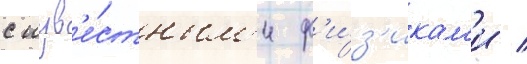
с изв'е́стным'и ф'и́з'икам'и /